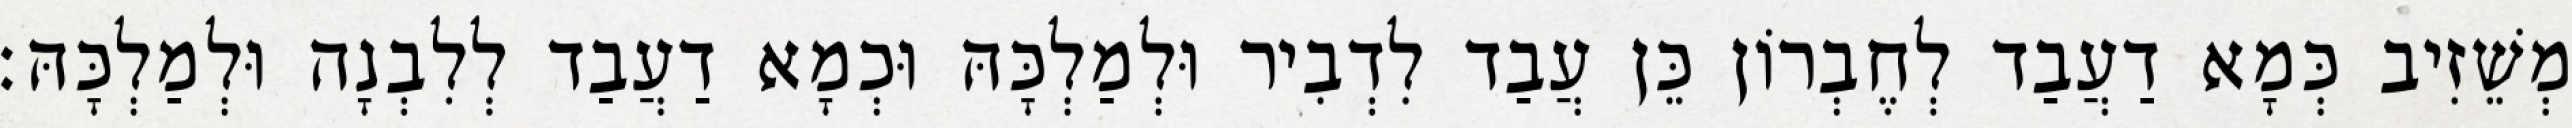
מְשֵׁזִיב כְּמָא דַעֲבַד לְחֶבְרוֹן כֵּן עֲבַד לִדְבִיר וּלְמַלְכָּהּ וּכְמָא דַעֲבַד לְלִבְנָה וּלְמַלְכָּהּ׃